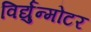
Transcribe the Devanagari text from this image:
विर्द्युन्मोटर